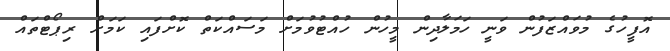
އޮފީހުގެ މުވައްޒަފުން ވަނީ ހަމަލާދިން މީހުން ހުއްޓުވުމަށް މަސައްކަތް ކޮށްފައި ކަމަށް ރިޕޯޓްތައް